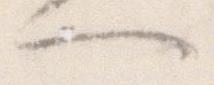
へ